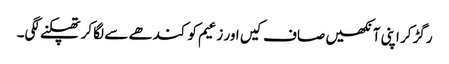
رگڑ کر اپنی آنکھیں صاف کیں اور زعیم کو کندھے سے لگا کر تھپکنے لگی۔